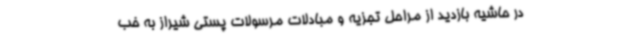
در حاشیه بازدید از مراحل تجزیه و مبادلات مرسولات پستی شیراز به خب